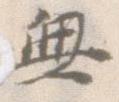
無